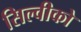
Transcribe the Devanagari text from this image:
सिल्वीको